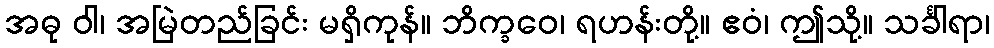
အဓု ဝါ၊ အမြဲတည်ခြင်း မရှိကုန်။ ဘိက္ခဝေ၊ ရဟန်းတို့။ ဧဝံ၊ ဤသို့။ သင်္ခါရာ၊